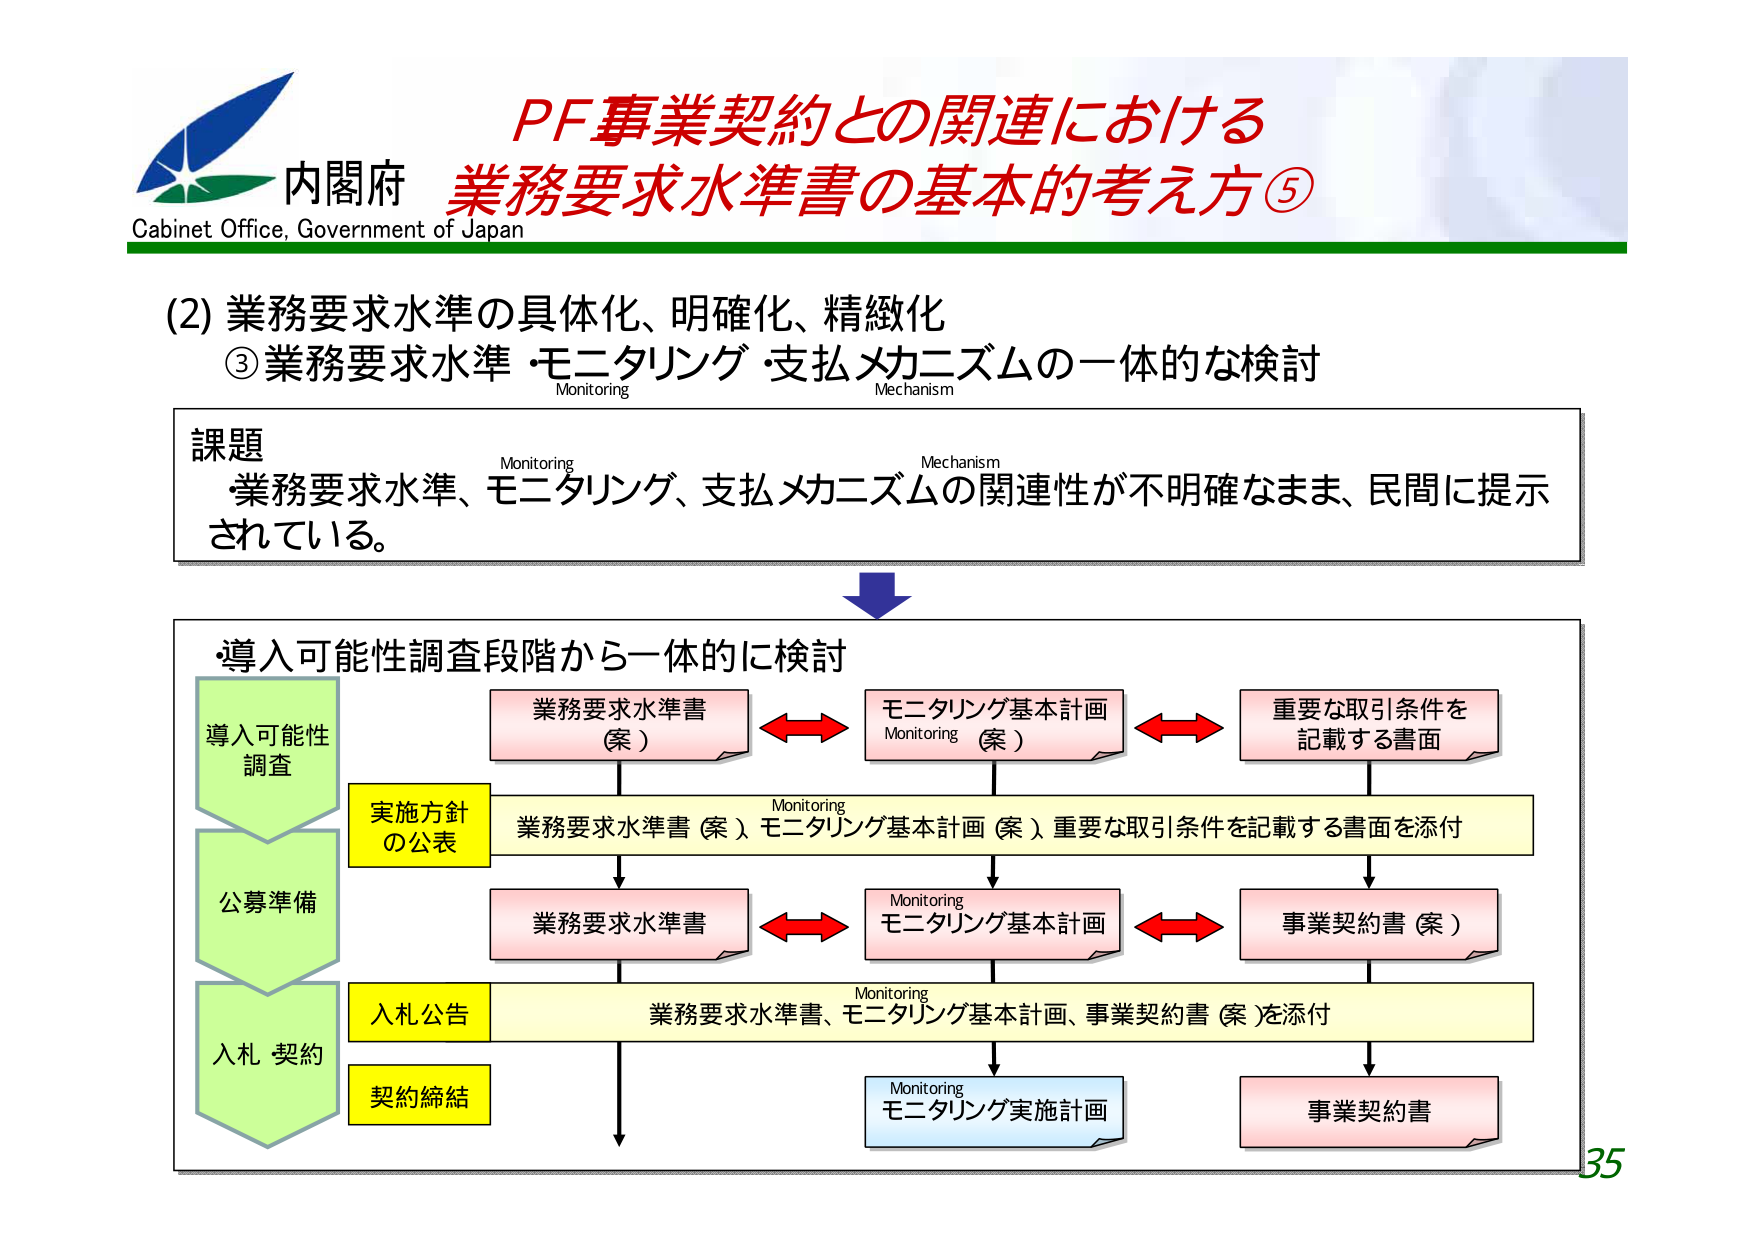
内閣府
Cabinet Office, Government of Japan

PF事業契約との関連における
業務要求水準書の基本的考え方⑤

(2) 業務要求水準の具体化、明確化、精緻化
③ 業務要求水準・モニタリング・支払メカニズムの一体的な検討
Monitoring
Mechanism

課題
・業務要求水準、モニタリング、支払メカニズムの関連性が不明確なまま、民間に提示されている。

・導入可能性調査段階から一体的に検討

導入可能性調査
公募準備
入札 契約

実施方針の公表
業務要求水準書（案） モニタリング基本計画（案） 重要な取引条件を記載する書面を添付

業務要求水準書（案）
モニタリング基本計画（案）
重要な取引条件を記載する書面

Monitoring
Mechanism

業務要求水準書
モニタリング基本計画
事業契約書（案）

入札公告
業務要求水準書、モニタリング基本計画、事業契約書（案）を添付

契約締結

Monitoring
モニタリング実施計画

事業契約書

35